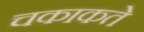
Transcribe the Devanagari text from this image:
चकाकते